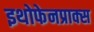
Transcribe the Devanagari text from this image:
इथोफेनप्राक्‍स